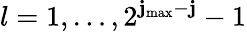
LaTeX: l=1,\dots,2^{\mathbf{j}_{\mathrm{{max}}}-\mathbf{j}}-1